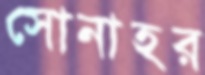
সোনাহর